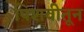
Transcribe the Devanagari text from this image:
पिशवीतून